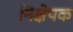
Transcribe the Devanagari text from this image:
निक्षेपक